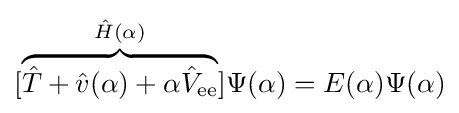
[\overbrace {{\hat {T}}+{\hat {v}}(\alpha )+\alpha {\hat {V}}_{\text{ee}}} ^{{\hat {H}}(\alpha )}]\Psi (\alpha )=E(\alpha )\Psi (\alpha )